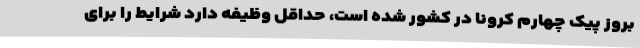
بروز پیک چهارم کرونا در کشور شده است، حداقل وظیفه دارد شرایط را برای